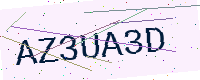
Text: AZ3UA3D